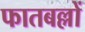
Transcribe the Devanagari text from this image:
फातबल्लों